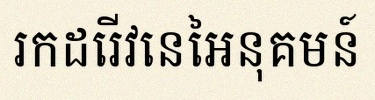
រកដេរីវេនៃអនុគមន៍